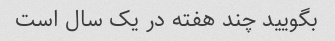
بگویید چند هفته در یک سال است